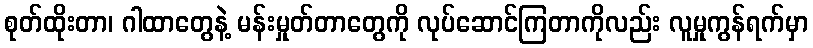
စုတ်ထိုးတာ၊ ဂါထာတွေနဲ့ မန်းမှုတ်တာတွေကို လုပ်ဆောင်ကြတာကိုလည်း လူမှုကွန်ရက်မှာ